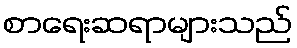
စာရေးဆရာများသည်